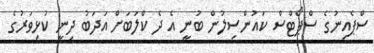
ސްޕެއިނުގެ ސްޕޯޓްސް ކައުންސިލުން ބުނީ އެ ދެ ކްލަބަށް އަދަބު ދިނީ ކުޅިވަރުގެ